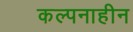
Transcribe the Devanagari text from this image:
कल्पनाहीन